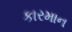
કારમાન